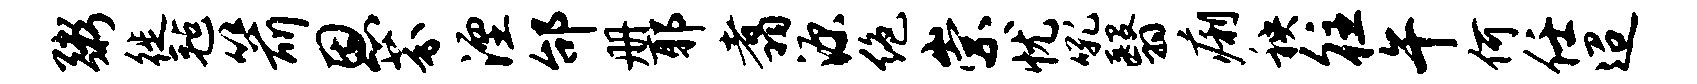
粥徙毡箭恩芬湮邰册耶翥源绝崇忧吼翳痢秧往午何任迢